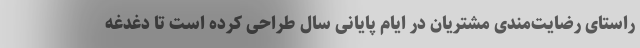
راستای رضایت‌مندی مشتریان در ایام پایانی سال طراحی کرده است تا دغدغه